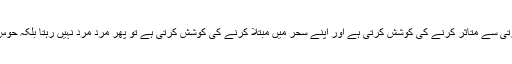
اپنے جسم کی خوبصورتی سے متاثر کرنے کی کوشش کرتی ہے اور اپنے سحر میں مبتلا کرنے کی کوشش کرتی ہے تو پھر مرد مرد نہیں رہتا بلکہ حوس کا پجاری بن جاتاہے۔